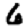
Digit: 6